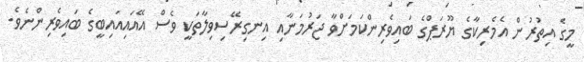
މީގެ އިތުރުން އެމެރިކާގެ ޔޫރަޕްގެ ބައިވެރިންކަމަށްވާ ޖަރުމަނާއި އިނގިރޭސިވިލާތަކީ ވެސް އޭއައިއައިބީގެ ބައިވެރިންނެވެ.